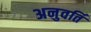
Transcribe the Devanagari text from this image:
अनुवर्ति